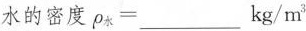
水的密度$$\rho _ { 水 } = ___ k g / m ^ { 3 }$$